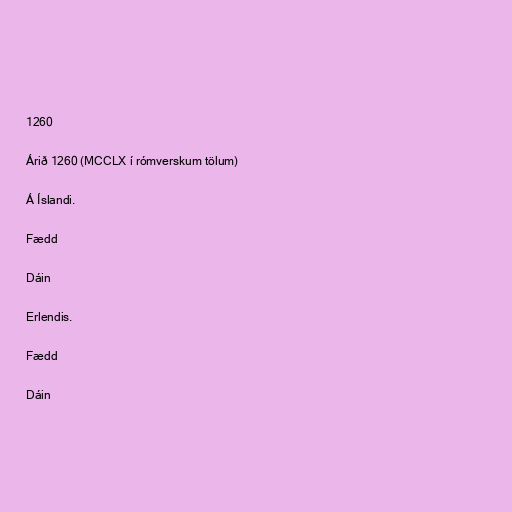
1260

Árið 1260 (MCCLX í rómverskum tölum)

Á Íslandi.

Fædd

Dáin

Erlendis.

Fædd

Dáin